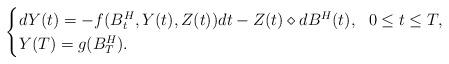
LaTeX: \begin{align*} \begin{cases} dY(t)= -f(B^{H}_{t},Y(t),Z(t))dt - Z(t) \diamond dB^{H}(t), \ \ 0\leq t\leq T, \\ Y(T)= g(B^{H}_{T}). \end{cases}\end{align*}